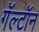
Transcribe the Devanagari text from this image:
गॅल्टॉन